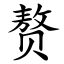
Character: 赘